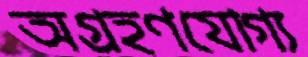
অগ্রহণযোগ্য